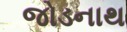
જોડનાથ